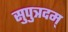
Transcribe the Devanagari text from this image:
सुपुत्रदम्